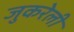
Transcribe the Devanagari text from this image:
जुकरेली